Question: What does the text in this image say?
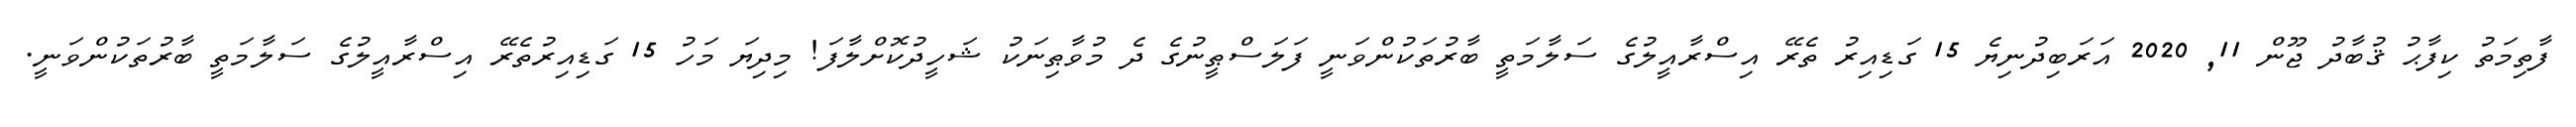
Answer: ފާތިމަތު ކިފާޙު ޤުބާދު ޖޫން 11, 2020 އަރަބިދުނިޔެ 15 ގަޑިއިރު ތެރޭ އިސްރާއީލުގެ ސަލާމަތީ ބާރުތަކުންވަނީ ފަލަސްޠީނުގެ ދެ މުވާޠިނަކު ޝަހީދުކޮށްލާފަ! މިދިޔަ މަހު 15 ގަޑިއިރުތެރޭ އިސްރާއީލުގެ ސަލާމަތީ ބާރުތަކުންވަނީ.